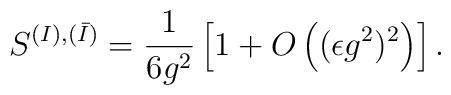
S^{(I),(\bar I)} = \frac{1}{6g^2} \left[ 1+ O\left( (\epsilon g^2)^2 \right)\right].